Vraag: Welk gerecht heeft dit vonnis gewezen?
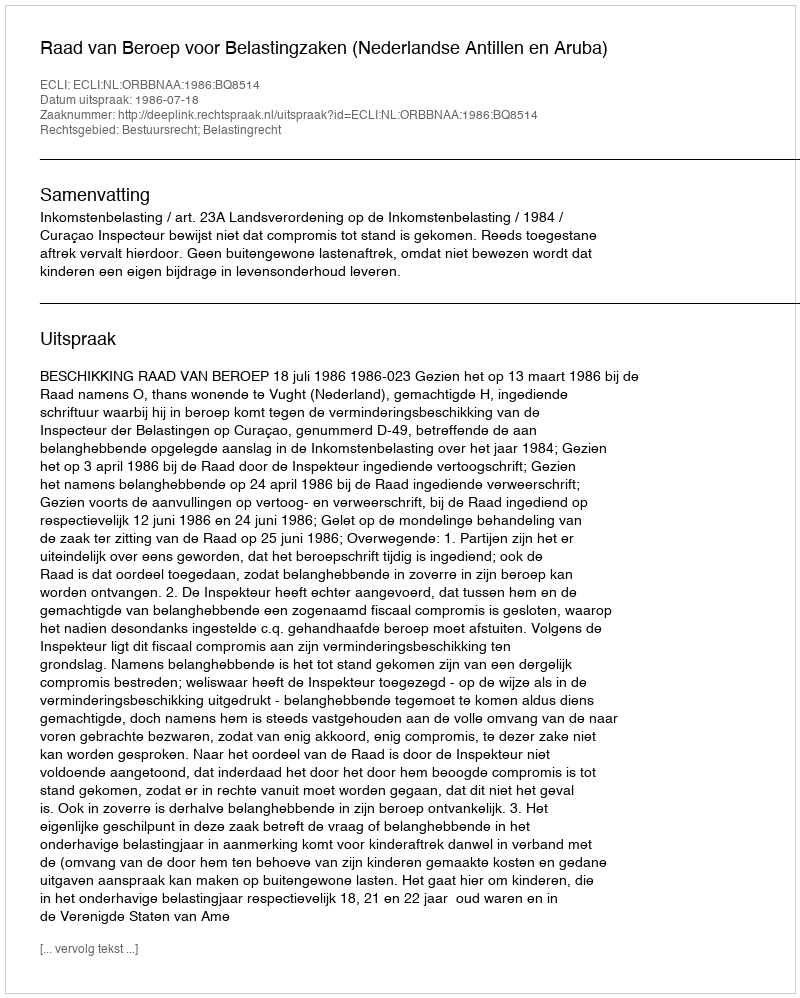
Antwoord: Raad van Beroep voor Belastingzaken (Nederlandse Antillen en Aruba)